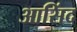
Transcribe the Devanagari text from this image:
आसिंद